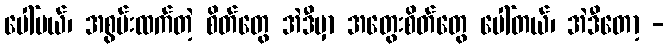
ပေါ်မယ်၊ အစွမ်းထက်တဲ့ စိတ်တွေ အဲဒီမှာ အတွေးစိတ်တွေ ပေါ်တယ်၊ အဲဒီတော့ -